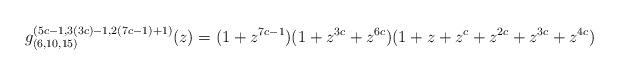
LaTeX: \begin{align*} g_{(6,10,15)}^{(5c-1,3(3c)-1,2(7c-1)+1)}(z)=(1+z^{7c-1})(1+z^{3c}+z^{6c})(1+z+z^c+z^{2c}+z^{3c}+z^{4c}) \end{align*}